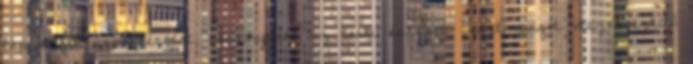
lap a gól ünnepléséért, amennyiben az testi épséget biztonságot veszélyeztető